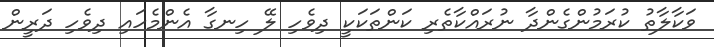
ވަކާލާތު ކުރަމުންގެންދާ ނުރައްކާތެރި ކަންތަކަކީ ދިވެހި ލޭ ހިނގާ އެންމެހައި ދިވެހި ދަރީން